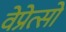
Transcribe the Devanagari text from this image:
वेप्रेत्सो